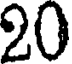
20